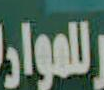
للمواد